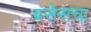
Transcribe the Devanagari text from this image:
बसेसचा